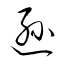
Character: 遜